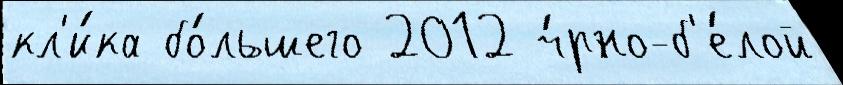
кл'и́ка бо́льшего 2012 ч́рно-б'е́лой